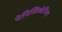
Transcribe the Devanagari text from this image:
पेनिसिल्‍वेनिया